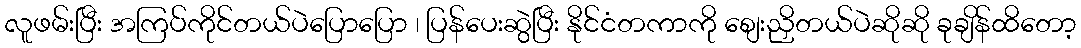
လူဖမ်းပြီး အကြပ်ကိုင်တယ်ပဲပြောပြော ၊ ပြန်ပေးဆွဲပြီး နိုင်ငံတကာကို စျေးညှိတယ်ပဲဆိုဆို ခုချိန်ထိတော့